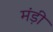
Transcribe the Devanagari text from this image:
मंड़ी